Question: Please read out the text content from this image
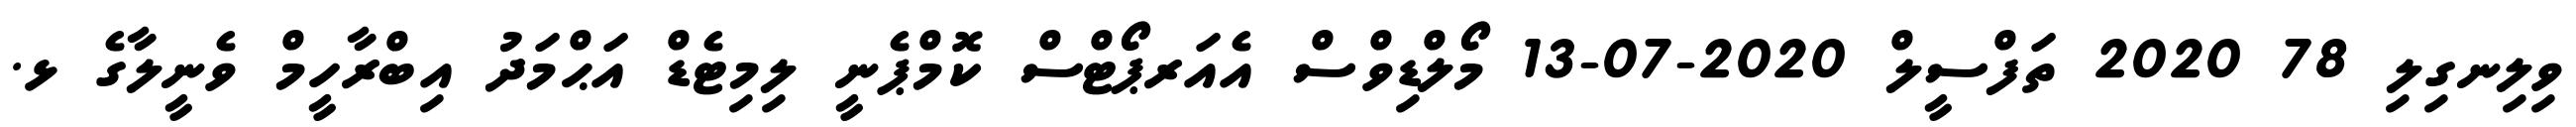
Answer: ވިލިނގިލި 78 2020 ތަފްސީލް 2020-07-13 މޯލްޑިވްސް އެއަރޕޯޓްސް ކޮމްޕެނީ ލިމިޓެޑް އަޙްމަދު އިބްރާހީމް ވެނީލާގެ ޅ.